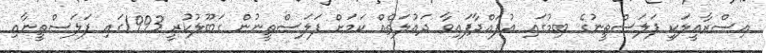
އިސްރާއީލަކީ ފަލަސްތީނުގެ ބިމުގައި އުފައްދާފައިވާ ދައުލަތެއް ކަމަށް ފަލަސްތީނުން ގަބޫލުކުރީ 1993ގައި ފަލަސްތީނާއި